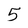
Character: 5